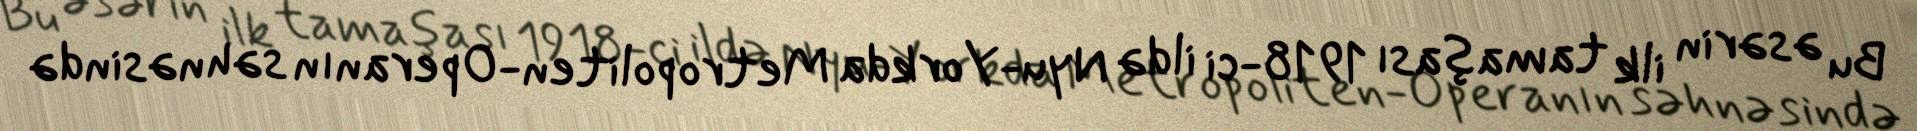
Bu əsərin ilk tamaşası 1918-ci ildə Nyu-Yorkda Metropoliten-Operanın səhnəsində